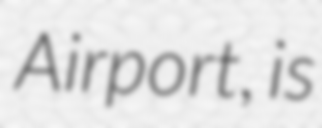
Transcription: Airport, is